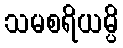
သမစရိယမ္ပိ